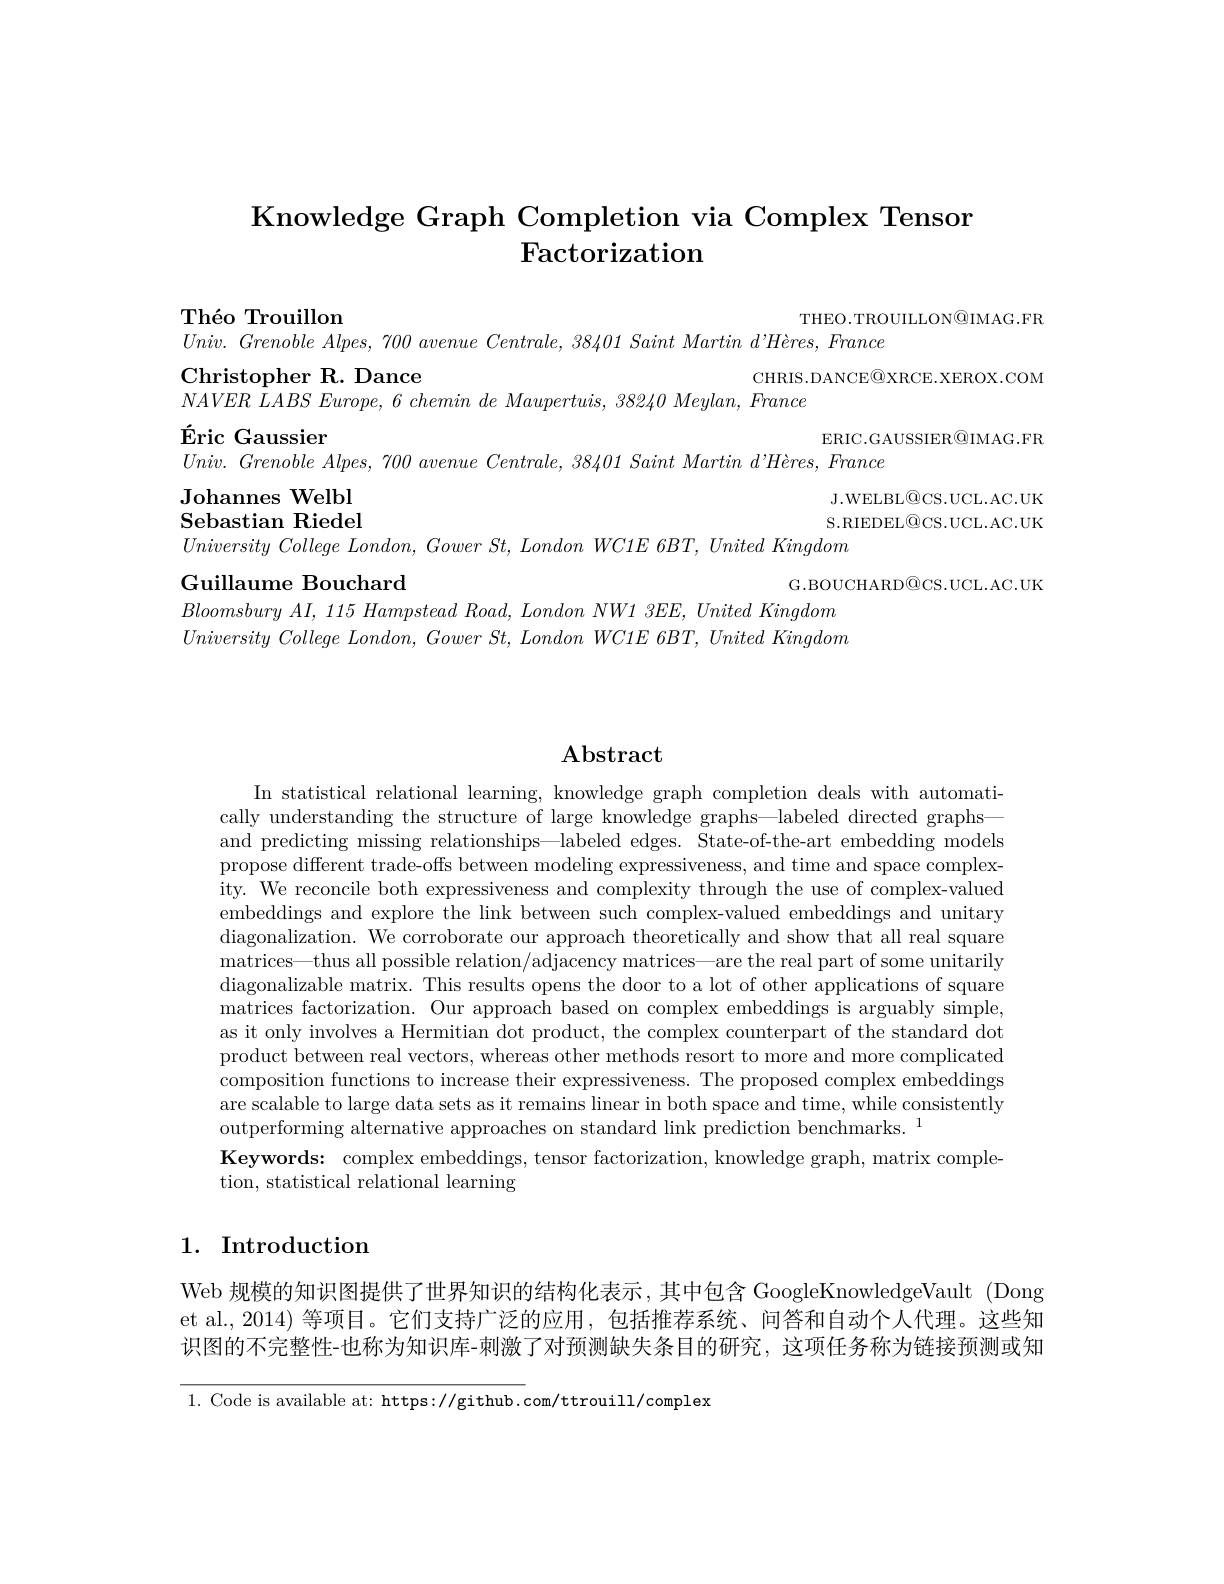
# Knowledge Graph Completion via Complex Tensor $\operatorname{Factorization}$

THEO.TROUILLON@IMAG.FR

$\textbf{Th\' {e}oTrouillon}$
$Univ. \textit{ Grenoble Alpes, 700 avenue Centrale, 38401 Saint Martin d' H\`{e} res, France}$
CHRIS.DANCE@XRCE.XEROX.COM
$\mathbf{ChristopherR.Dance}$
$NAVER\textit{ LABS Europe, 6 chemin de Maupertuis, 38240 Meylan, France}$
$\text{\'{E} ric Gaussier}$
ERIC.GAUSSIER$\textcircled{\mathrm{Q}}$IMAG.FR
$Univ. \textit{ Grenoble Alpes, 700 avenue Centrale, 38401 Saint Martin d' H\`{e} res, France}$
Johannes Welbl
J.WELBL$\textcircled{\mathrm{Q}}$CS.UCL.AC.UK
$\textbf{Sebastian Riedel}$
S.RIEDEL$\textcircled{\mathrm{O}}$CS.UCL.AC.UK
$University\textit{ College London, Gower St, London WC1E 6BT, United Kingdom}$
Guillaume Bouchard
G.BOUCHARD$\textcircled{\mathrm{Q}}$CS.UCL.AC.UK
Bloomsbury $AI$, 115 Hampstead $Road$, London $NW1$ $3EE$, United Kingdom $University\textit{ College London, Gower St, London WC1E 6BT, United Kingdom}$

## $\mathbf{Abstract}$

In statistical relational learning, knowledge graph completion deals with automatically understanding the structure of large knowledge graphs—labeled directed graphs—— and predicting missing relationships—labeled edges. State-of-the-art embedding models propose different trade-offs between modeling expressiveness, and time and space complexity. We reconcile both expressiveness and complexity through the use of complex-valued embeddings and explore the link between such complex-valued embeddings and unitary diagonalization. We corroborate our approach theoretically and show that all real square matrices—thus all possible relation/adjacency matrices—are the real part of some unitarily diagonalizable matrix. This results opens the door to a lot of other applications of square matrices factorization. Our approach based on complex embeddings is arguably simple, as it only involves a Hermitian dot product, the complex counterpart of the standard dot product between real vectors, whereas other methods resort to more and more complicated composition functions to increase their expressiveness. The proposed complex embeddings are scalable to large data sets as it remains linear in both space and time, while consistently $\bar{\text{outperforming alternative approaches on standard link prediction benchmarks.}}^{1}$
Keywords: complex embeddings, tensor factorization, knowledge graph, matrix comple-
tion, statistical relational learning

1. Introduction

Web 规模的知识图提供了世界知识的结构化表示，其中包含 GoogleKnowledgeVault (Dong et al., 2014) 等项目。它们支持广泛的应用，包括推荐系统、问答和自动个人代理。这些知识图的不完整性-也称为知识库-刺激了对预测缺失条目的研究，这项任务称为链接预测或知

1. Code is available at: https://github.com/ttrouill/complex